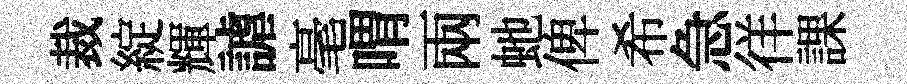
裁綻輝謔毫喟兩虵俾希急徉課